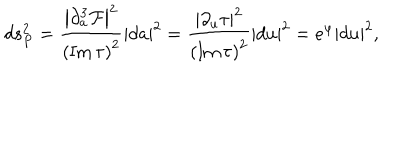
d s _ { P } ^ { 2 } = { \frac { \left| { \partial _ { a } ^ { 3 } { \cal F } } \right| ^ { 2 } } { \left( \mathrm { I m } \, \tau \right) ^ { 2 } } } | d a | ^ { 2 } = { \frac { \left| \partial _ { u } \tau \right| ^ { 2 } } { \left( \mathrm { I m } \, \tau \right) ^ { 2 } } } | d u | ^ { 2 } = e ^ { \varphi } | d u | ^ { 2 } ,